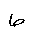
Letter: _da